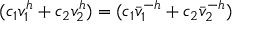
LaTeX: ( c _ { 1 } v _ { 1 } ^ { h } + c _ { 2 } v _ { 2 } ^ { h } ) = ( c _ { 1 } \bar { v } _ { 1 } ^ { - h } + c _ { 2 } \bar { v } _ { 2 } ^ { - h } )